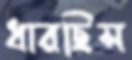
ধারছিস